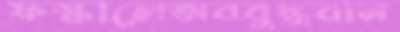
ফস্‌কালেঅববুদ্ধবান